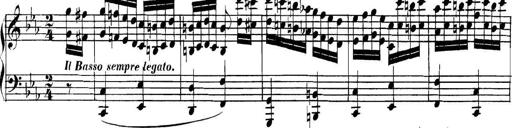
Title: Collected Piano Sonatas
Composer: Muzio Clementi